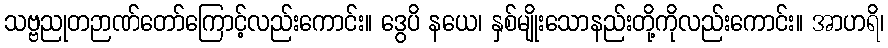
သဗ္ဗညုတဉာဏ်တော်ကြောင့်လည်းကောင်း။ ဒွေပိ နယေ၊ နှစ်မျိုးသောနည်းတို့ကိုလည်းကောင်း။ အာဟရိ၊